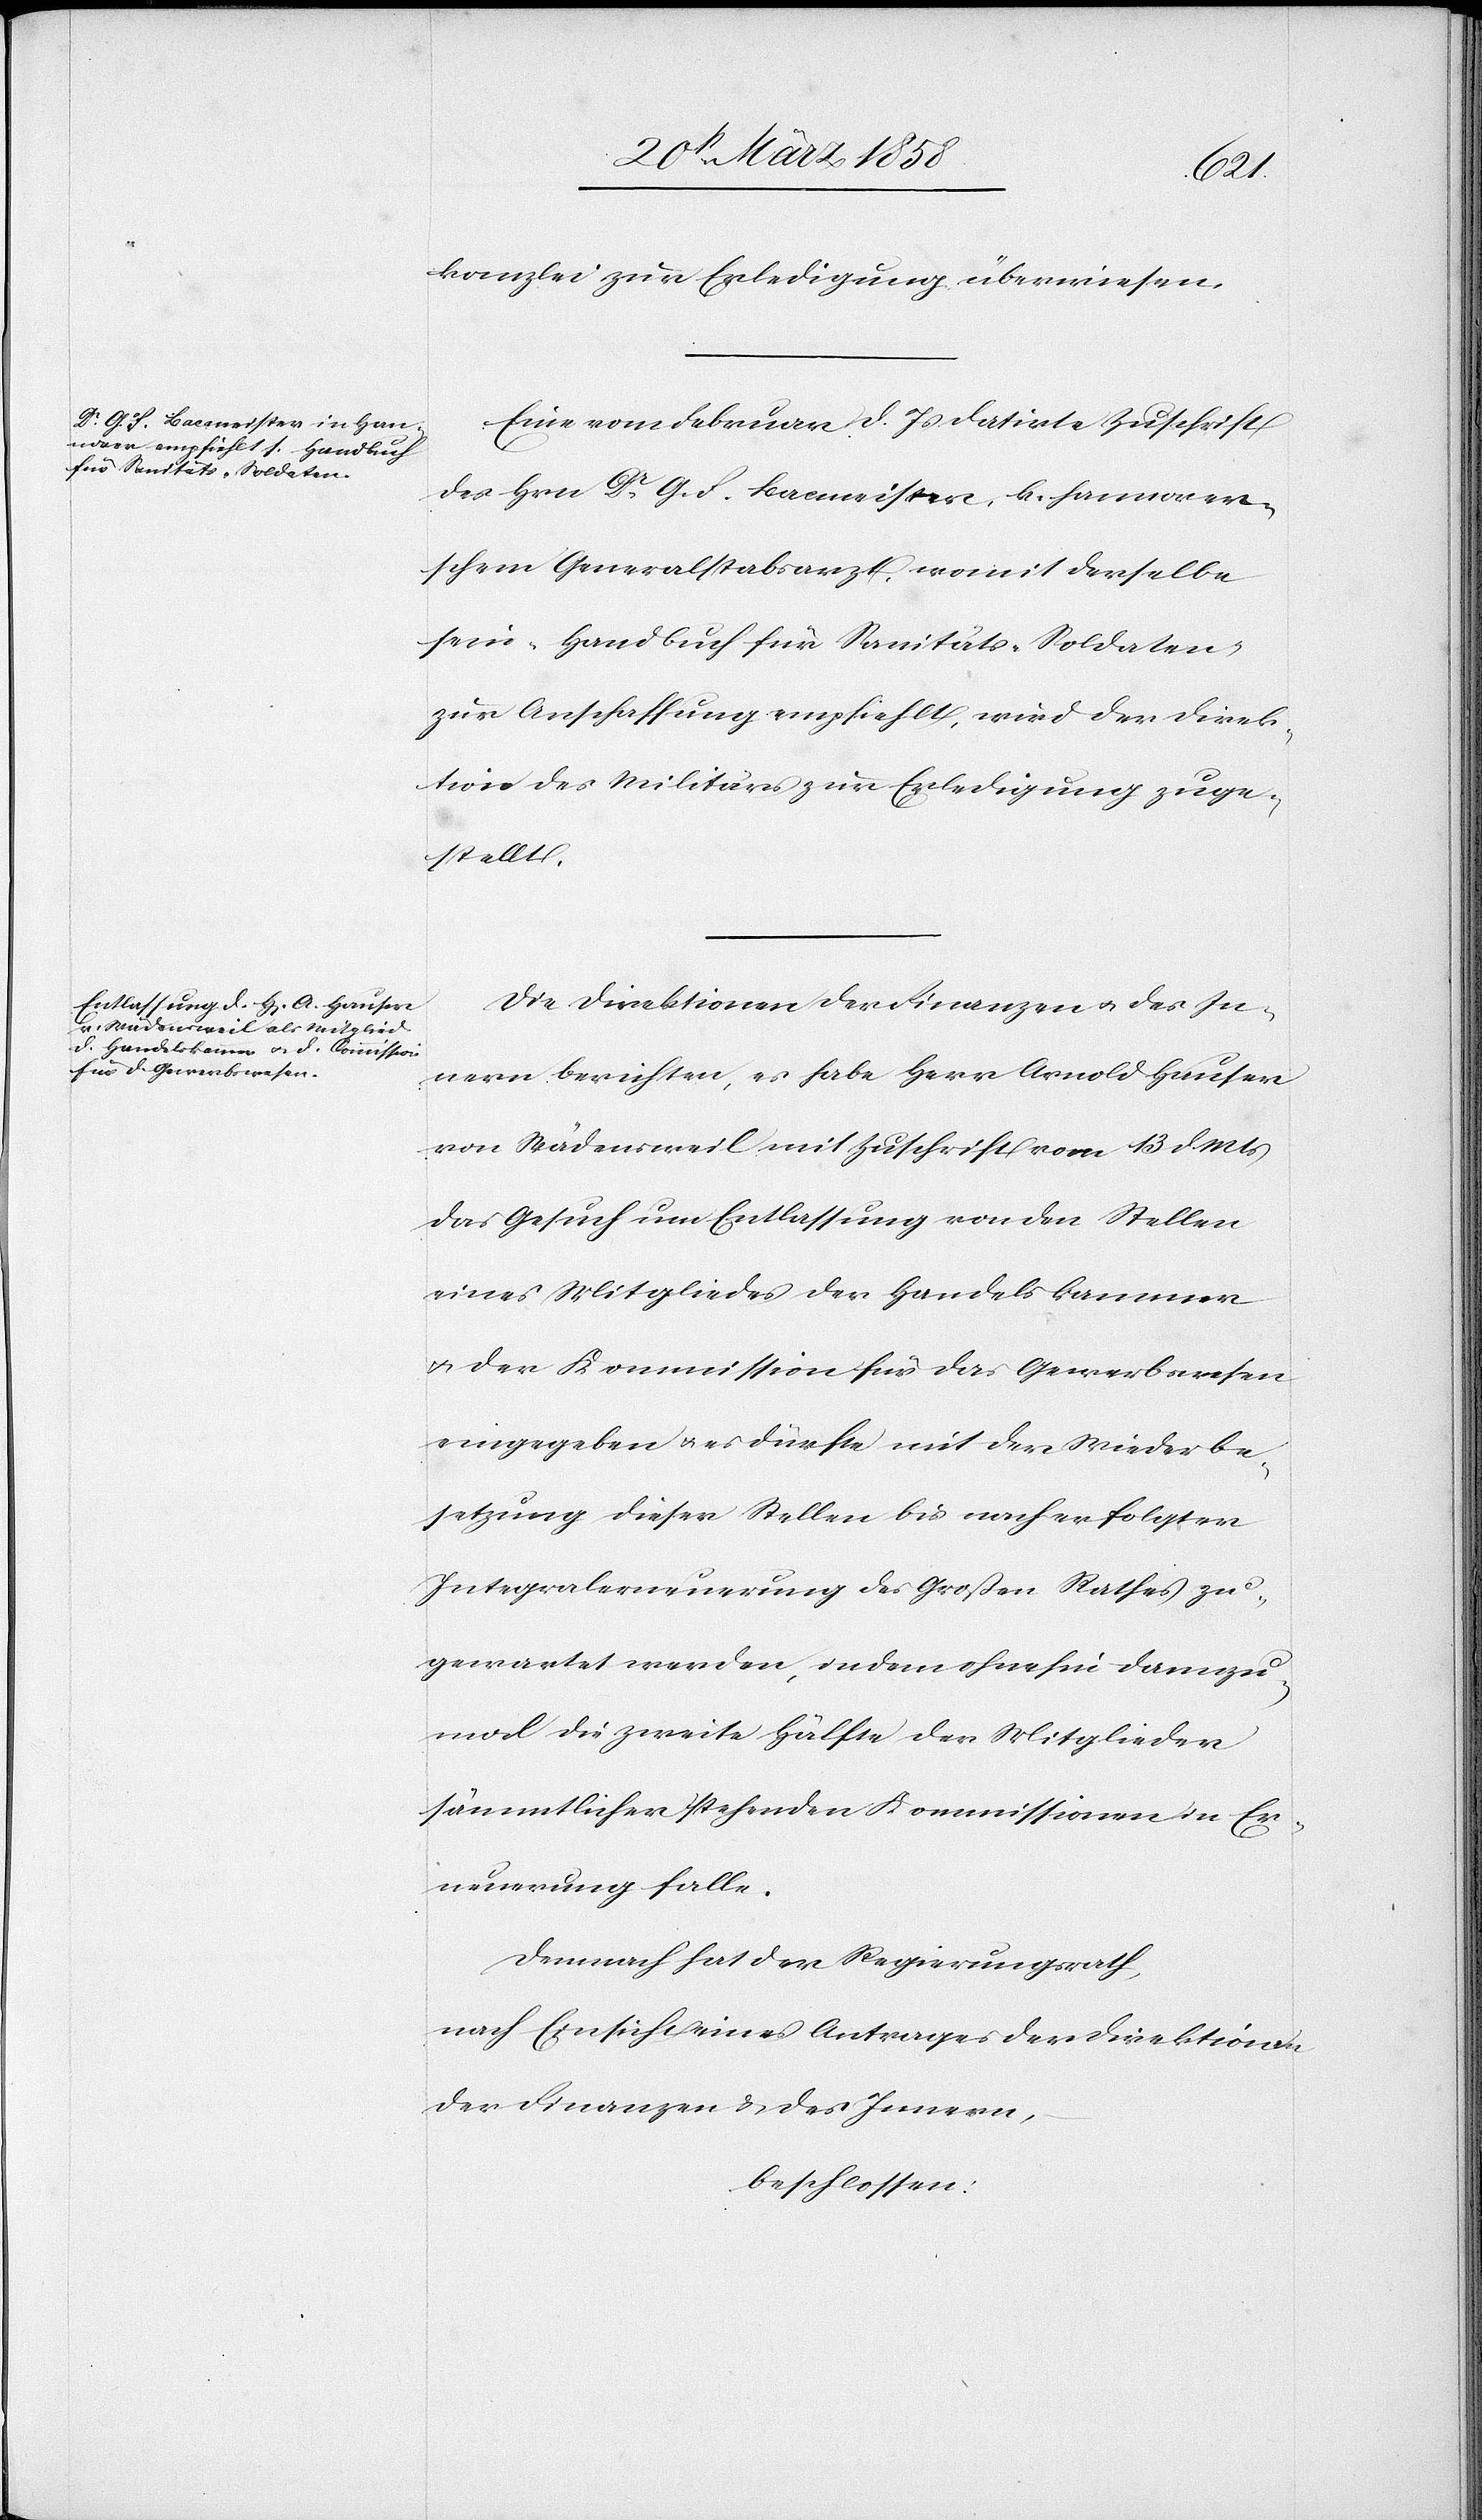
kanzlei zur Erledigung überwiesen.
Eine vom Februar d. Js. datirte Zuschrift
des Hrn. Dr G. F. Bacmeister, k. hannover¬
schen Generalstabsarzt, womit derselbe
sein „Handbuch für Sanitäts-Soldaten“
zur Anschaffung empfiehlt, wird der Direk¬
tion des Militärs zur Erledigung zuge¬
stellt.
Die Direktionen der Finanzen u. des In¬
nern berichten, es habe Herr Arnold Hauser
von Wädensweil mit Zuschrift vom 13. d. Mts.
das Gesuch um Entlassung von den Stellen
eines Mitgliedes der Handelskammer
u. der Kommission für das Gewerbswesen
eingegeben u. es dürfte mit der Wiederbe¬
setzung dieser Stellen bis nach erfolgter
Integralerneuerung des Großen Rathes zu¬
gewartet werden, indem ohnehin dannzu¬
mal die zweite Hälfte der Mitglieder
sämmtlicher stehenden Kommissionen in Er¬
neuerung fallen.
Demnach hat der Regierungsrath,
nach Einsicht eines Antrages der Direktion
der Finanzen u. des Innern,
beschlossen: